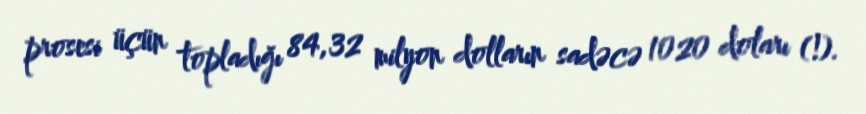
prosesi üçün topladığı 84,32 milyon dolların sadəcə 1020 doları (!).